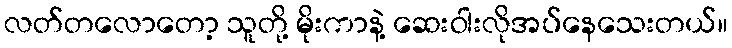
လတ်တလောတော့ သူတို့ မိုးကာနဲ့ ဆေးဝါးလိုအပ်နေသေးတယ်။